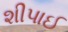
શીપાઈ